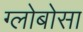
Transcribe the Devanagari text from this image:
ग्लोबोसा